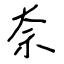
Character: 奈